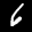
Label: 6